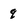
Character: q